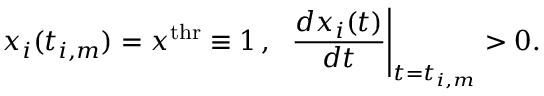
x _ { i } ( t _ { i , m } ) = x ^ { \mathrm { t h r } } \equiv 1 \, , \, \, \, \left. \frac { d x _ { i } ( t ) } { d t } \right| _ { t = t _ { i , m } } > 0 .